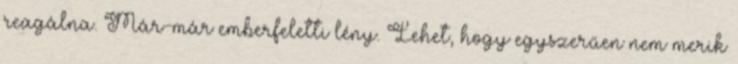
reagálna. Már-már emberfeletti lény. Lehet, hogy egyszerűen nem merik